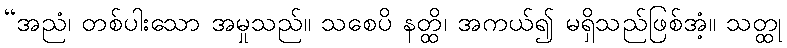
“အညံ၊ တစ်ပါးသော အမှုသည်။ သစေပိ နတ္ထိ၊ အကယ်၍ မရှိသည်ဖြစ်အံ့။ သတ္ထု